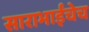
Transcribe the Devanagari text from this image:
साराभाईंचेच